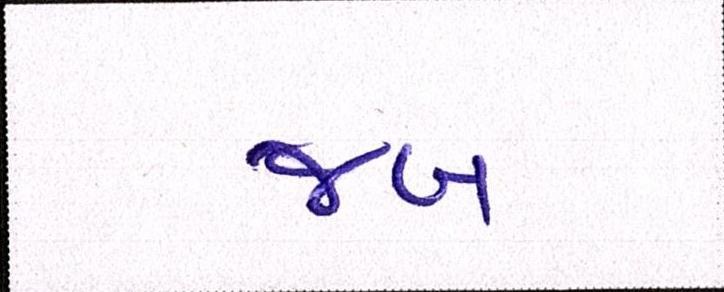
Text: જબ